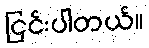
ငြင်းပါတယ်။